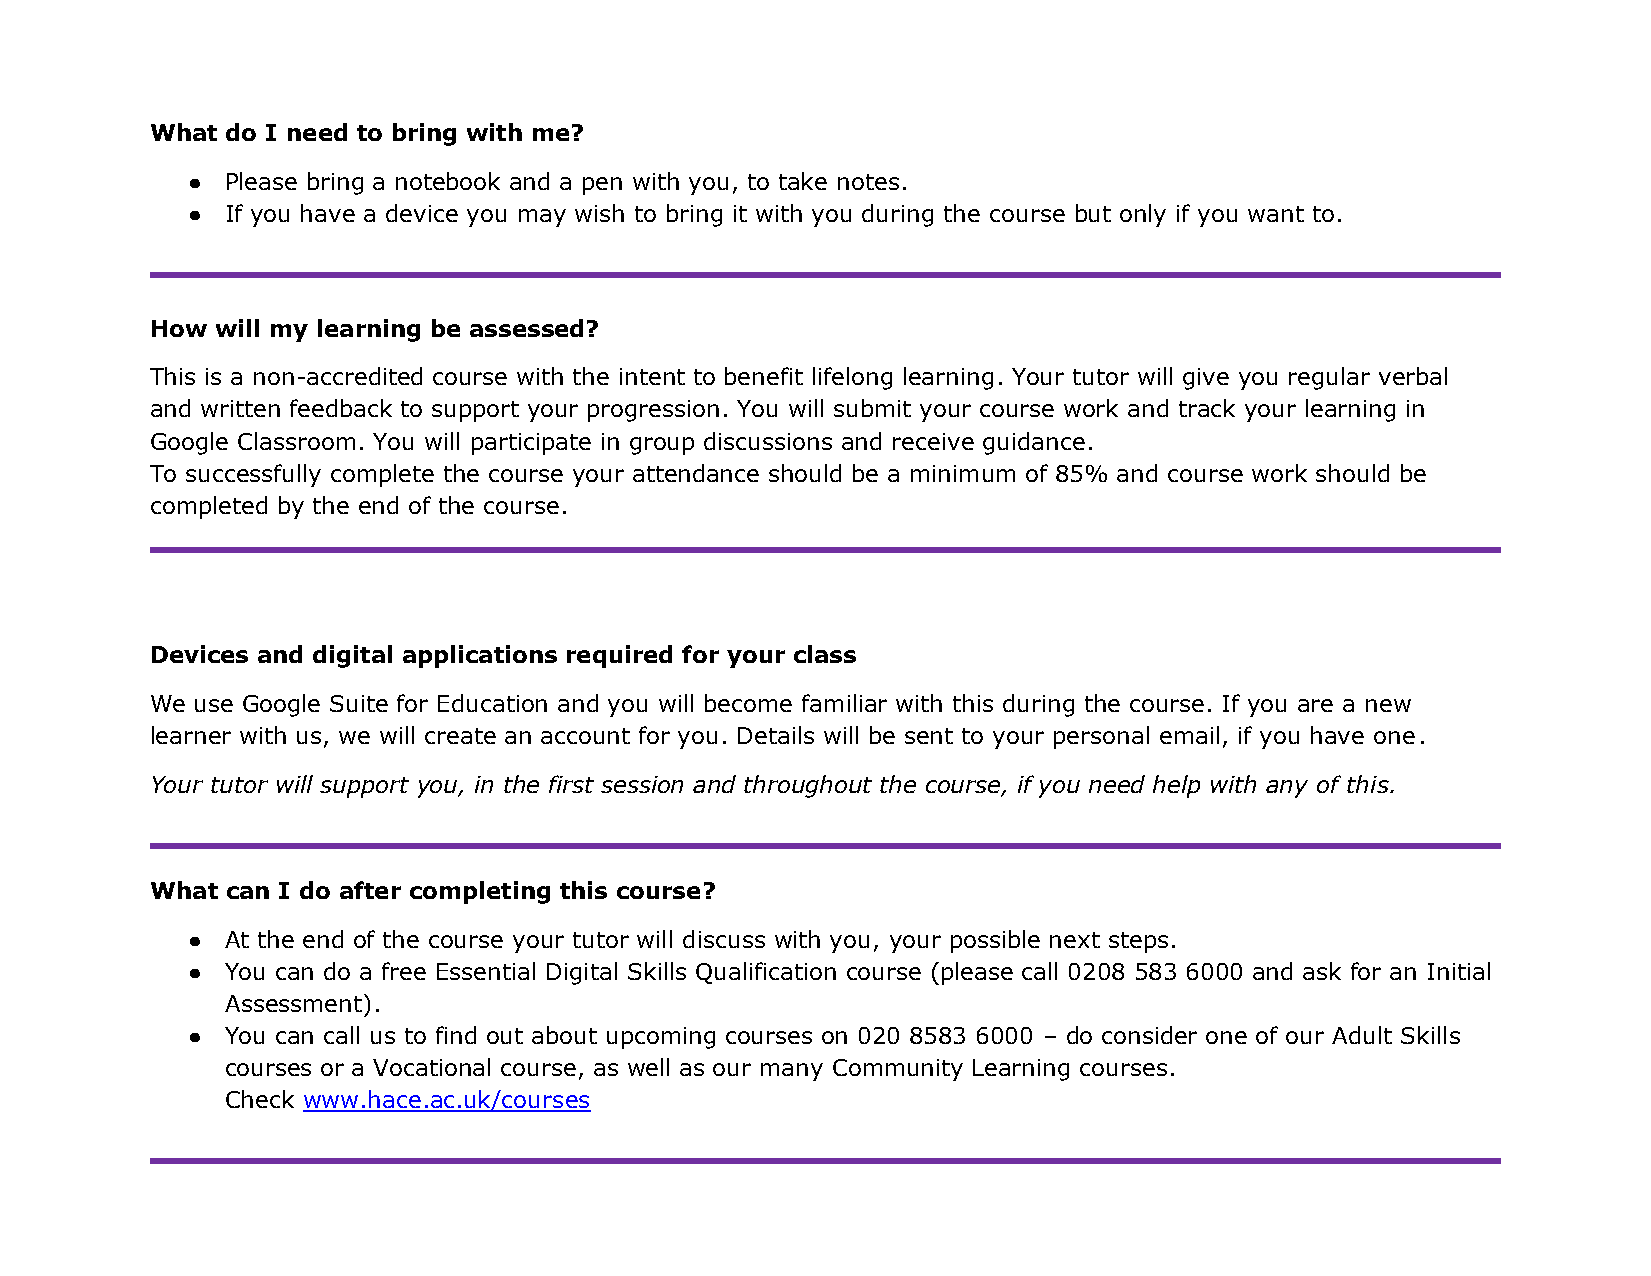
What do I need to bring with me?
 ●  Please bring a notebook and a pen with you, to take notes.
 ●  If you have a device you may wish to bring it with you during the course but only if you want to.
 How will my learning be assessed?
 This is a non-accredited course with the intent to benefit lifelong learning. Your tutor will give you regular verbal
 and written feedback to support your progression. You will submit your course work and track your learning in
 Google Classroom. You will participate in group discussions and receive guidance.
 To successfully complete the course your attendance should be a minimum of 85% and course work should be
 completed by the end of the course.
 Devices and digital applications required for your class
 We use Google Suite for Education and you will become familiar with this during the course. If you are a new
 learner with us, we will create an account for you. Details will be sent to your personal email, if you have one.
 Your tutor will support you, in the first session and throughout the course, if you need help with any of this.
 What can I do after completing this course?
 ●  At the end of the course your tutor will discuss with you, your possible next steps.
 ●  You can do a free Essential Digital Skills Qualification course (please call 0208 583 6000 and ask for an Initial
 Assessment).
 ●  You can call us to find out about upcoming courses on 020 8583 6000 – do consider one of our Adult Skills
 courses or a Vocational course, as well as our many Community Learning courses.
 Check www.hace.ac.uk/courses